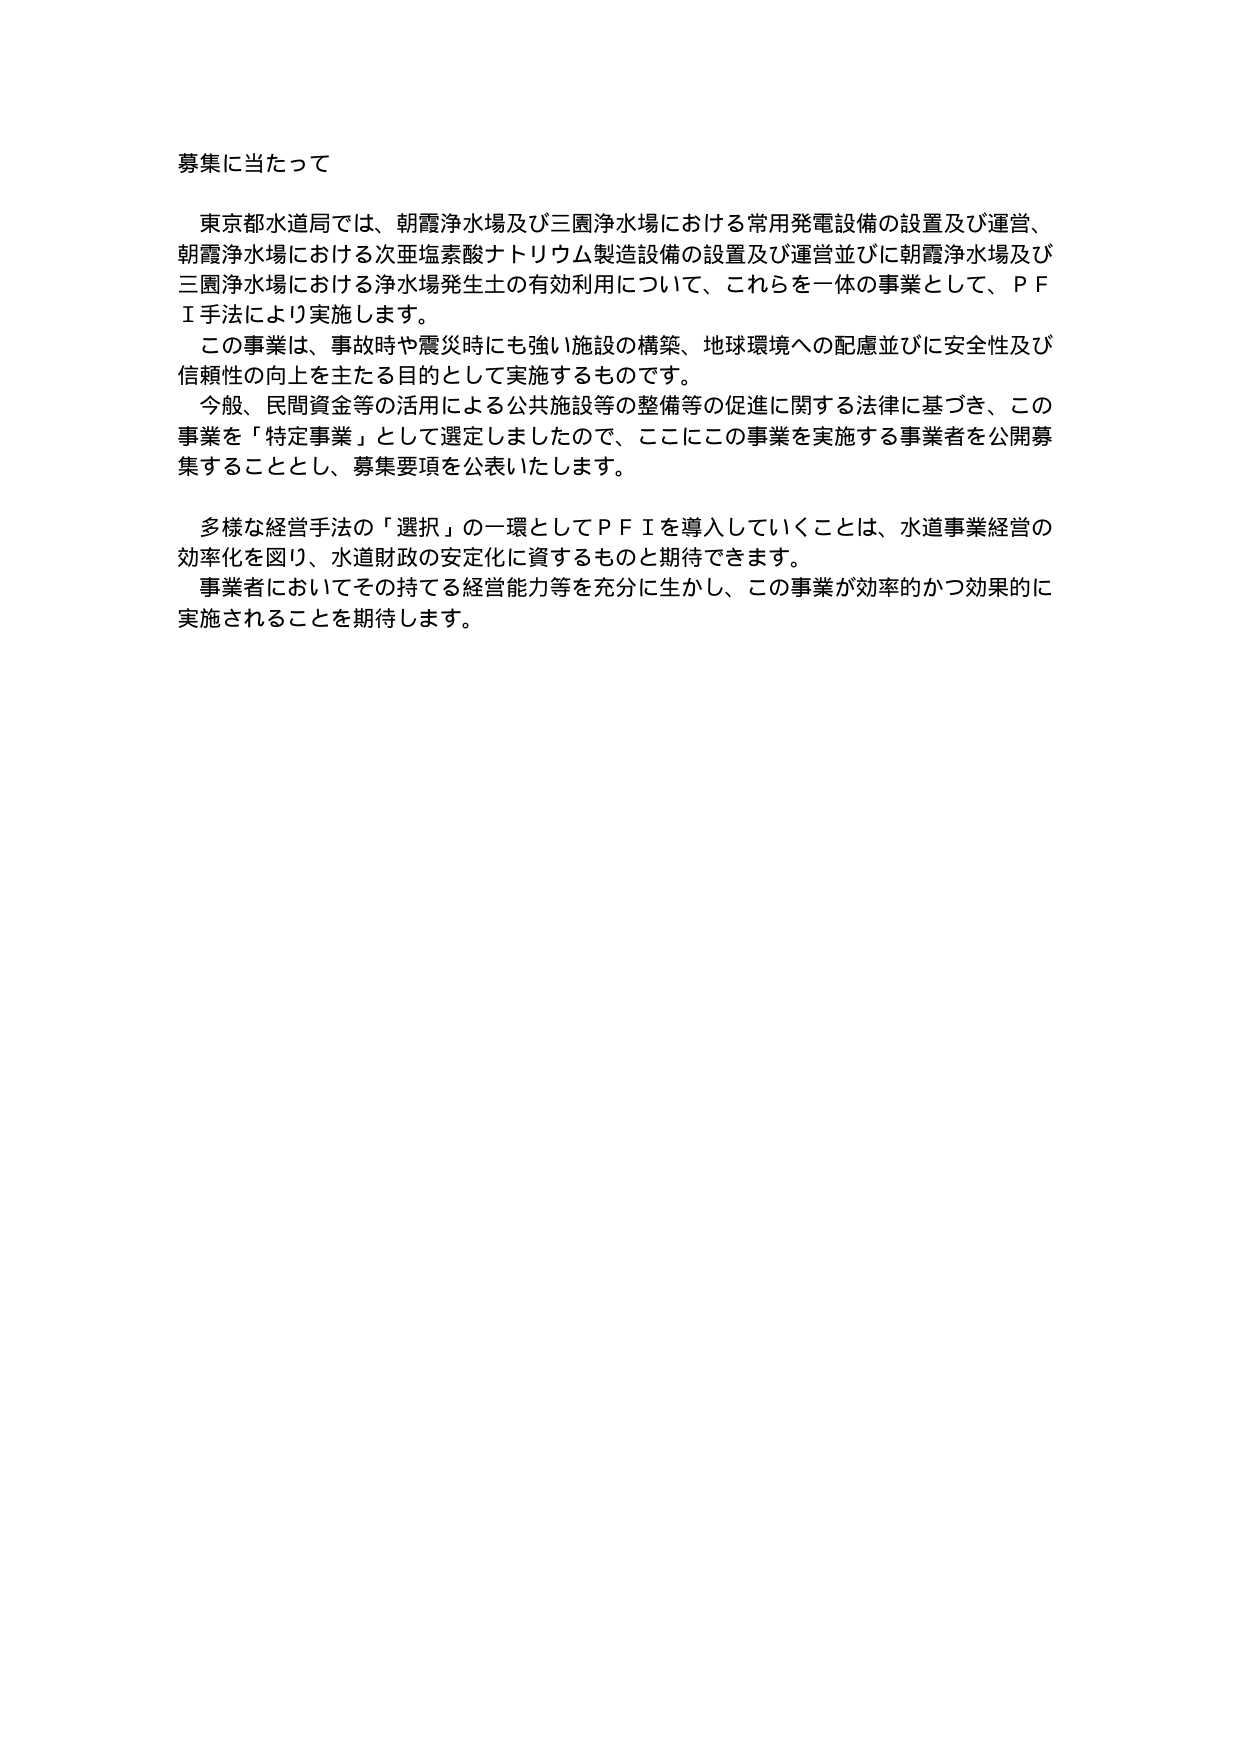
募集に当たって

東京都水道局では、朝霞浄水場及び三園浄水場における常用発電設備の設置及び運営、
朝霞浄水場における次亜塩素酸ナトリウム製造設備の設置及び運営並びに朝霞浄水場及び
三園浄水場における浄水場発生土の有効利用について、これらを一体の事業として、ＰＦ
Ｉ手法により実施します。
この事業は、事故時や震災時にも強い施設の構築、地球環境への配慮並びに安全性及び
信頼性の向上を主たる目的として実施するものです。
今般、民間資金等の活用による公共施設等の整備等の促進に関する法律に基づき、この
事業を「特定事業」として選定しましたので、ここにこの事業を実施する事業者を公開募
集することとし、募集要項を公表いたします。

多様な経営手法の「選択」の一環としてＰＦＩを導入していくことは、水道事業経営の
効率化を図り、水道財政の安定化に資するものと期待できます。
事業者においてその持てる経営能力等を充分に生かし、この事業が効率的かつ効果的に
実施されることを期待します。